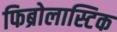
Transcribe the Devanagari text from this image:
फिब्रोलास्टिक